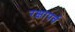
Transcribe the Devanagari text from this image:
रक्षापर्व